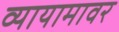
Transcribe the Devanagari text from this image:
व्यायामावर